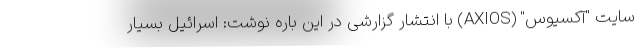
سایت "آکسیوس" (AXIOS) با انتشار گزارشی در این باره نوشت: اسرائیل بسیار